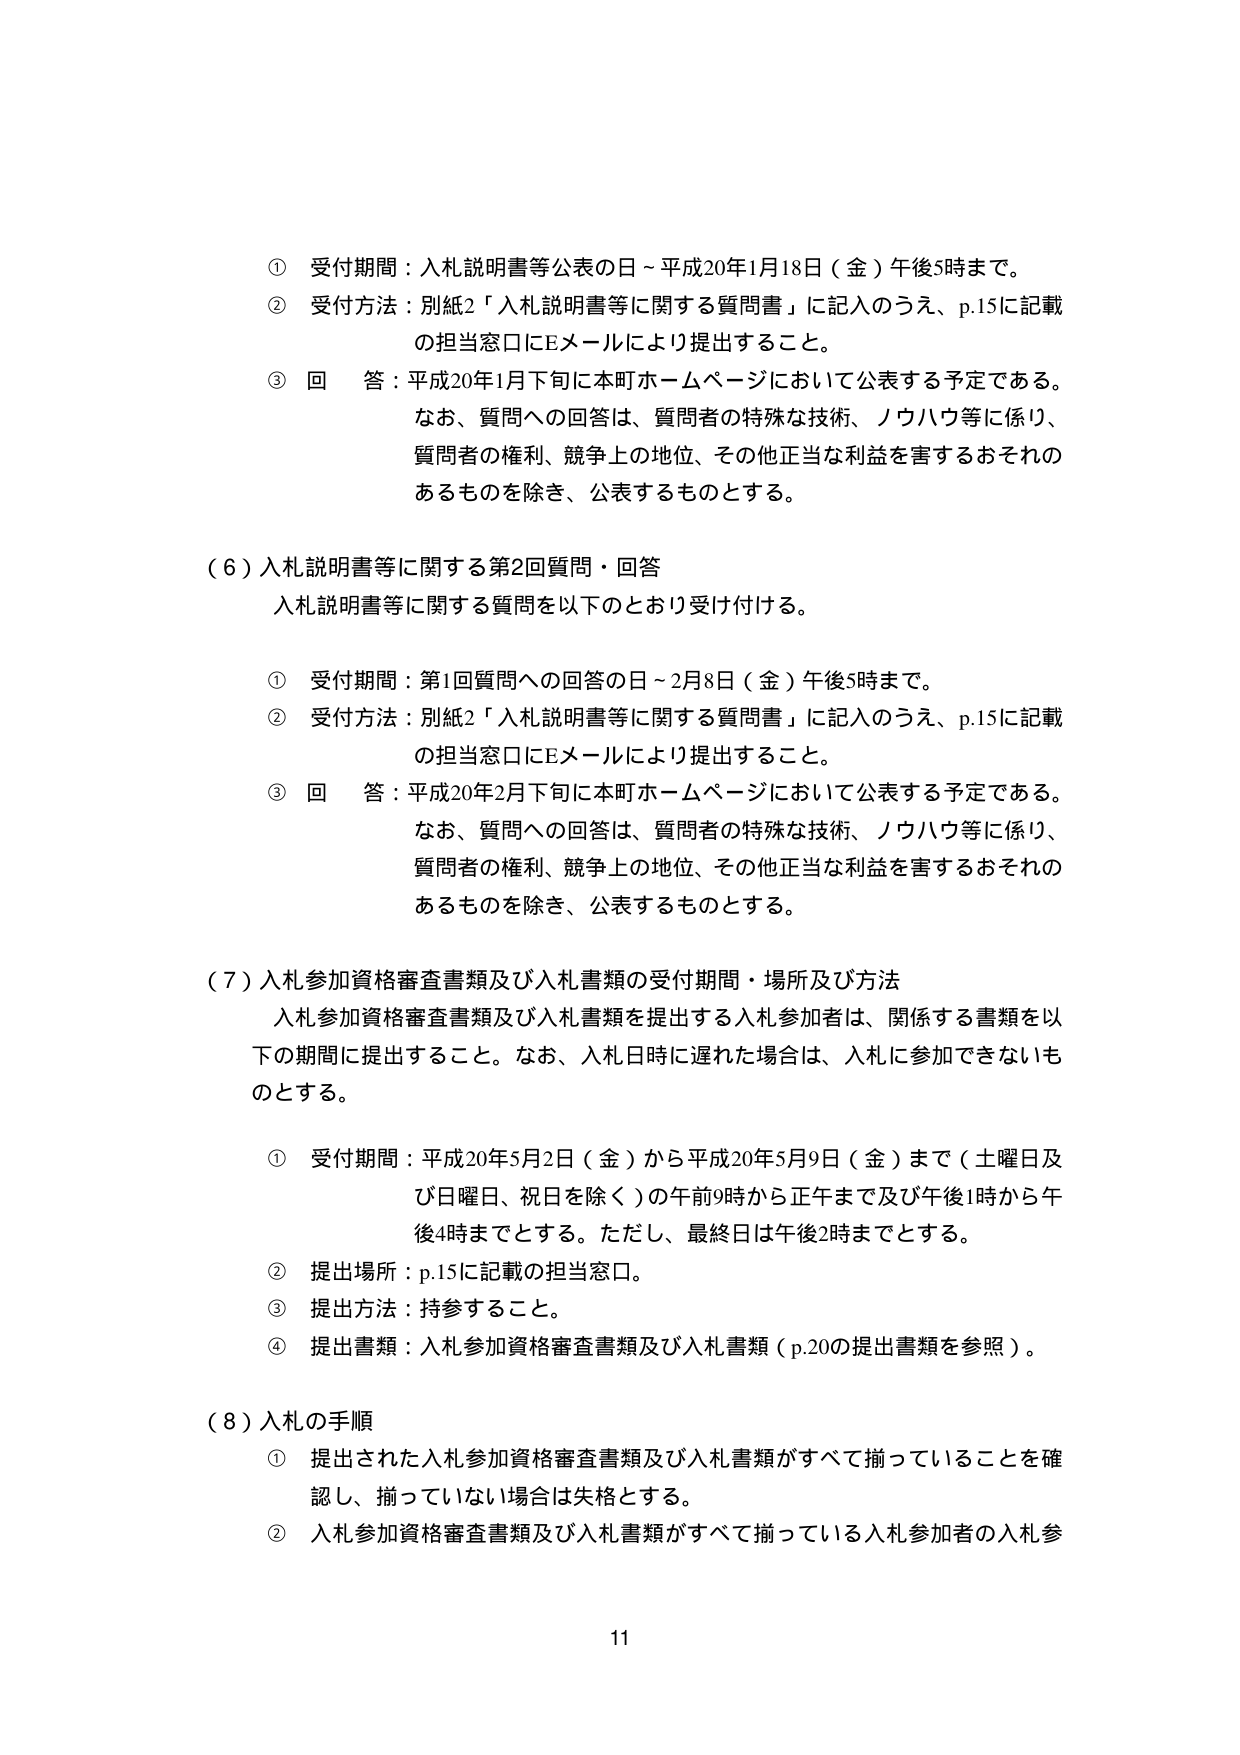
① 受付期間：入札説明書等公表の日～平成20年1月18日（金）午後5時まで。
② 受付方法：別紙2「入札説明書等に関する質問書」に記入のうえ、p.15に記載の担当窓口にEメールにより提出すること。
③ 回答：平成20年1月下旬に本町ホームページにおいて公表する予定である。
　　なお、質問への回答は、質問者の特殊な技術、ノウハウ等に係り、
　　質問者の権利、競争上の地位、その他正当な利益を害するおそれのあるものを除き、公表するものとする。

（6）入札説明書等に関する第2回質問・回答
　　入札説明書等に関する質問を以下のとおり受け付ける。

① 受付期間：第1回質問への回答の日～2月8日（金）午後5時まで。
② 受付方法：別紙2「入札説明書等に関する質問書」に記入のうえ、p.15に記載の担当窓口にEメールにより提出すること。
③ 回答：平成20年2月下旬に本町ホームページにおいて公表する予定である。
　　なお、質問への回答は、質問者の特殊な技術、ノウハウ等に係り、
　　質問者の権利、競争上の地位、その他正当な利益を害するおそれのあるものを除き、公表するものとする。

（7）入札参加資格審査書類及び入札書類の受付期間・場所及び方法
　　入札参加資格審査書類及び入札書類を提出する入札参加者は、関係する書類を以下の期間に提出すること。なお、入札日時に遅れた場合は、入札に参加できないものとする。

① 受付期間：平成20年5月2日（金）から平成20年5月9日（金）まで（土曜日及び日曜日、祝日を除く）の午前9時から正午まで及び午後1時から午後4時までとする。ただし、最終日は午後2時までとする。
② 提出場所：p.15に記載の担当窓口。
③ 提出方法：持参すること。
④ 提出書類：入札参加資格審査書類及び入札書類（p.20の提出書類を参照）。

（8）入札の手順
① 提出された入札参加資格審査書類及び入札書類がすべて揃っていることを確認し、揃っていない場合は失格とする。
② 入札参加資格審査書類及び入札書類がすべて揃っている入札参加者の入札参

11